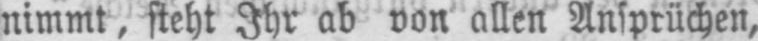
nimmt, steht Ihr ab von allen Ansprüchen,